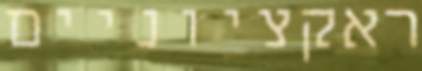
ראקציוניים